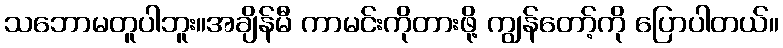
သဘောမတူပါဘူး။အချိန်မီ ကာမင်းကိုတားဖို့ ကျွန်တော့်ကို ပြောပါတယ်။